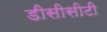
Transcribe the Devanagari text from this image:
डीसीसीटी